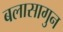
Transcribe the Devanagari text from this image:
बलासागुन